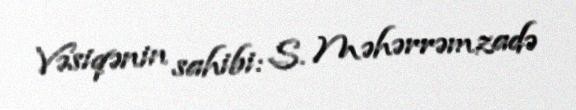
Vəsiqənin sahibi: S. Məhərrəmzadə